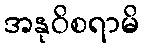
အနုဝိစရာမိ